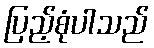
ပြည့်စုံပါသည်